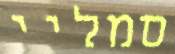
סמליי